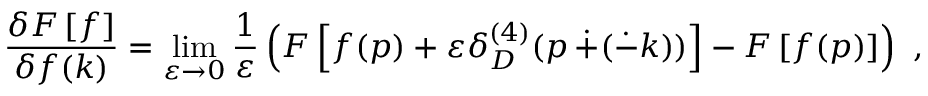
\frac { \delta F \left[ f \right] } { \delta f ( k ) } = \operatorname * { l i m } _ { \varepsilon \rightarrow 0 } \frac { 1 } { \varepsilon } \left( F \left[ f ( p ) + \varepsilon \delta _ { D } ^ { ( 4 ) } ( p \, \dot { + } ( \dot { - } k ) ) \right] - F \left[ f ( p ) \right] \right) ~ ,